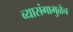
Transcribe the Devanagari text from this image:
व्यासंगामुळेच